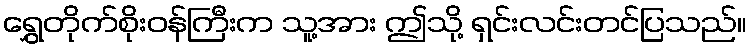
ရွှေတိုက်စိုးဝန်ကြီးက သူ့အား ဤသို့ ရှင်းလင်းတင်ပြသည်။